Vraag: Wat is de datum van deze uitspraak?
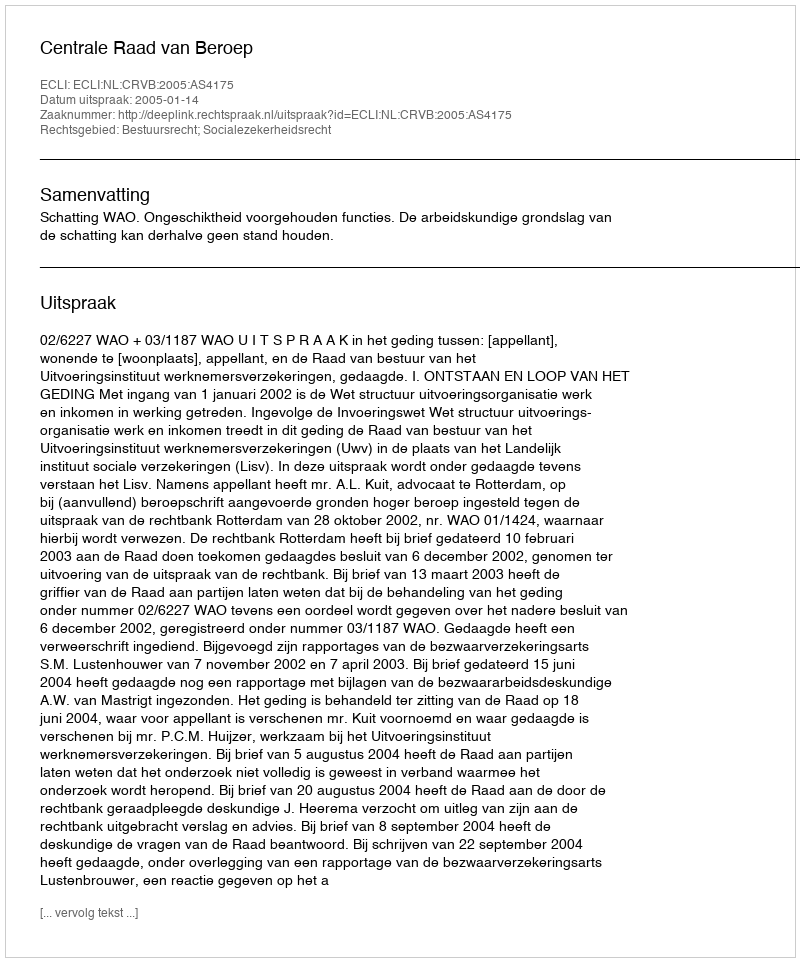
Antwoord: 2005-01-14